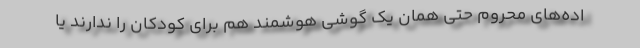
اده‌های محروم حتی همان یک گوشی هوشمند هم برای کودکان را ندارند یا